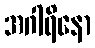
အဂါရိနော